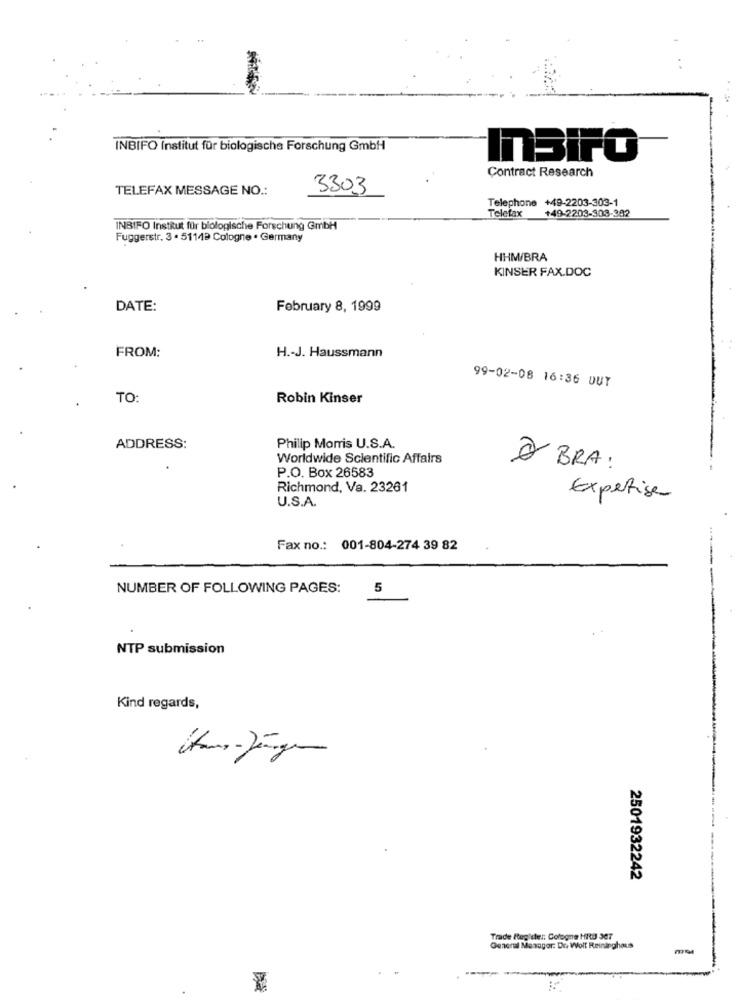
INBIFO Institut für biologische Forschung GmbH
InBiFO
Contract Research
TELEFAX MESSAGE NO .:
3303
Telephone +49-2203-303-1
+49-2203-303-382
Telefax
INBIFO Institut für biologische Forschung GmbH
Fuggerstr. 3 . 51149 Cologne . Germany
HHM/BRA
KINSER FAX.DOC
DATE:
February 8, 1999
FROM:
H .- J. Haussmann
99-02-08 16:36 DUY
TO:
Robin Kinser
ADDRESS:
Philip Morris U.S.A.
Worldwide Scientific Affairs
P.O. Box 26583
2 BRA:
Richmond, Va. 23261
U.S.A.
Expertise
Fax no .: 001-804-274 39 82
NUMBER OF FOLLOWING PAGES:
5
NTP submission
Kind regards,
2501932242
Trade Register: Cologne HIB 307
General Manager: Dr. Wolf Reininghaus